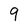
Character: 9